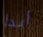
ابدا